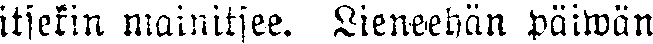
itsekin mainitsee. Lieneehän päiwän